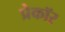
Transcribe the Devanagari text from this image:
प्रेकॉर